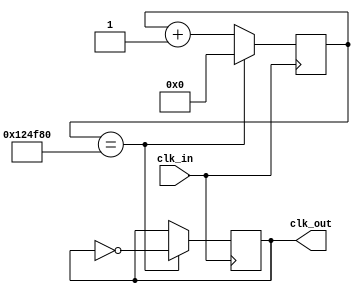

module clk10hz (
  input clk_in,
  output reg clk_out = 0
);

/* count = (clk_in / clk_out) */
/* Ejemplo 1 */
/* count = 25E6 = 25000000 = (25E6 Hz)/(1 Hz) */
/* SIZE = 2^25 = 33.5E6 lo contiene */
/* Ejemplo 2 */
/* count = (50E6 Hz)/(1 Hz) = 50E6 = 50000000 */
/* SIZE = 2^26 = 67.5E6 lo contiene */
/* Configuracin a 10 Hz */
/* count = (12E6 Hz)/(10 Hz) = 12E5 = 1200000 */
/* SIZE = 2^21 = 1.049E6 lo contiene */

parameter SIZE = 21; 
parameter LIMIT = 21'd1200000;

reg [SIZE-1:0] count = 0;

always@(posedge clk_in)
begin
  if(count == LIMIT)
  begin
    count <= 0;
    clk_out <= ~clk_out;
  end
  else
  begin
    count <= count + 1;
  end
end
endmodule